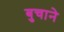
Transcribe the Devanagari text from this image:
बुचाने